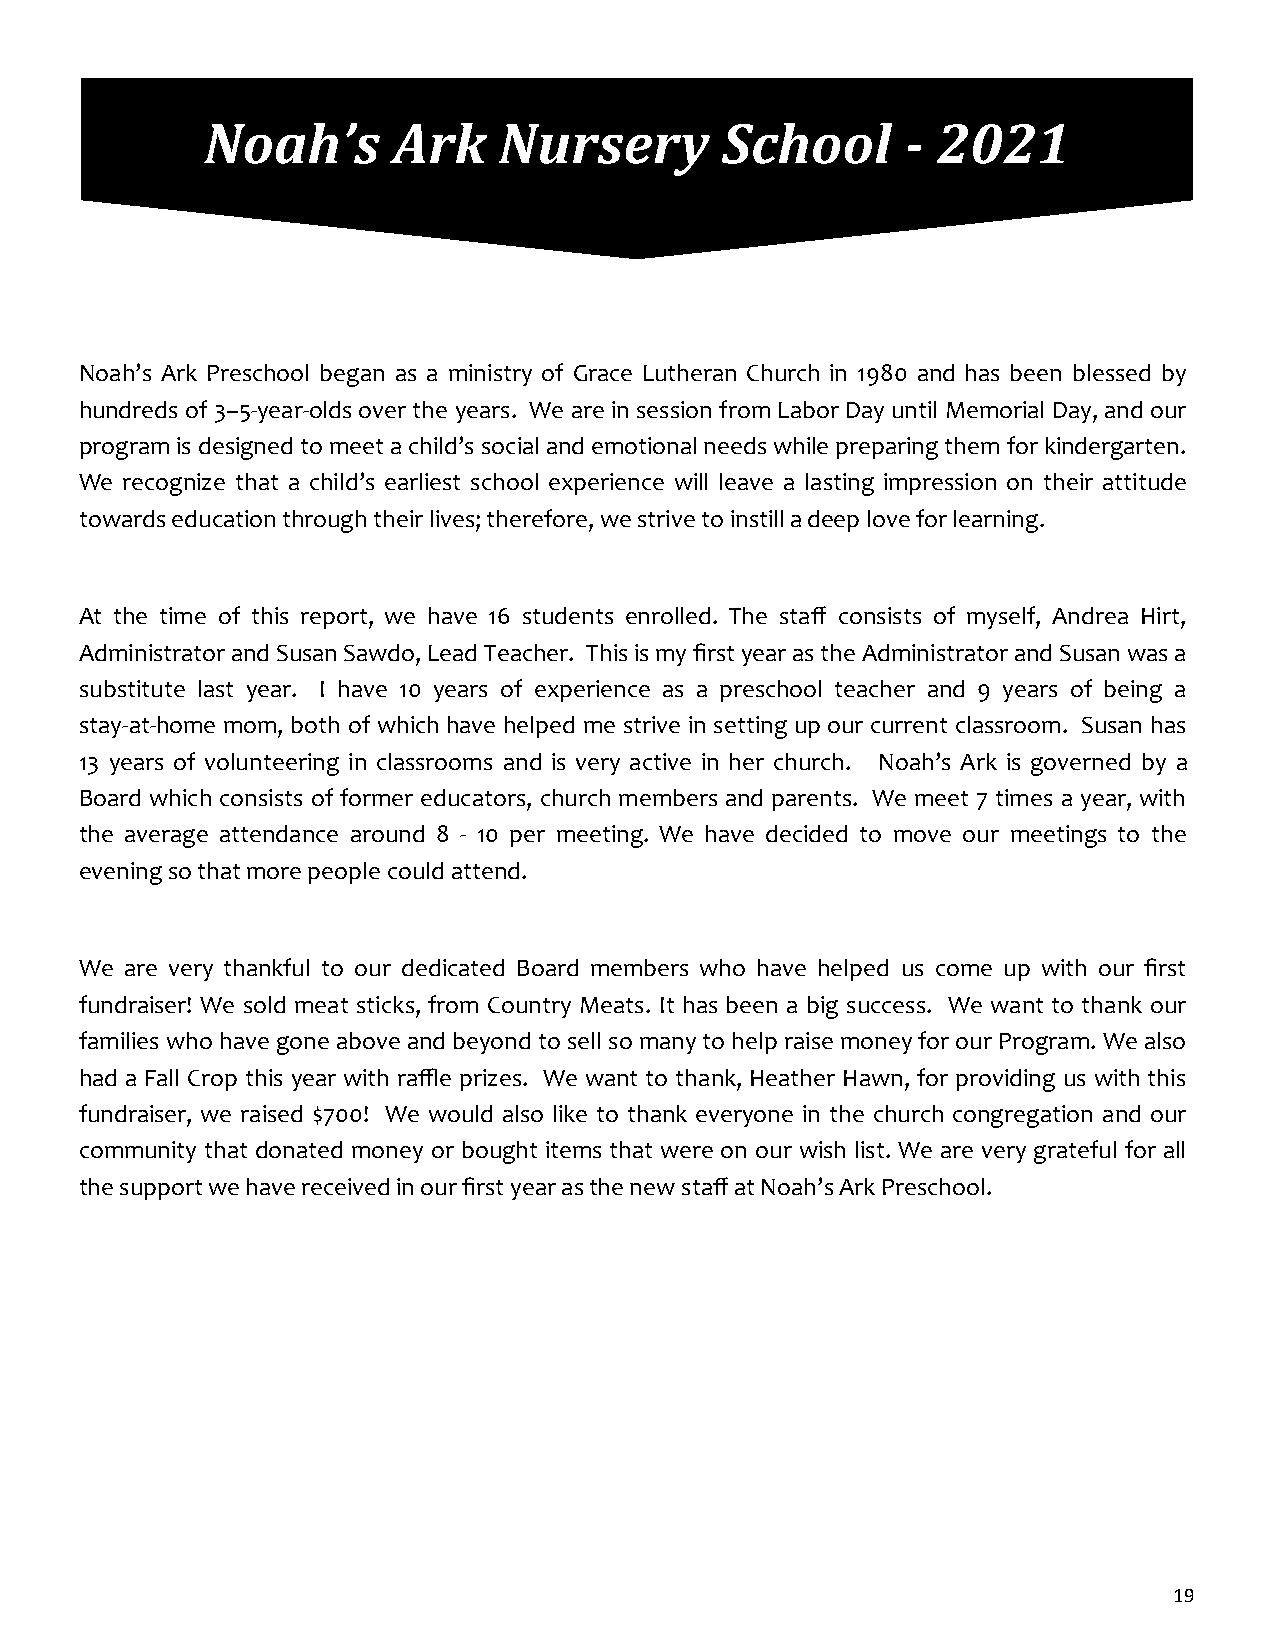
Noah’s       Ark    Nursery        School      - 2021
 Noah’s Ark Preschool began as a ministry of Grace Lutheran Church in 1980 and has been blessed by
 hundreds of 3–5-year-olds over the years. We are in session from Labor Day until Memorial Day, and our
 program is designed to meet a child’s social and emotional needs while preparing them for kindergarten.
 We recognize that a child’s earliest school experience will leave a lasting impression on their attitude
 towards education through their lives; therefore, we strive to instill a deep love for learning.
 At the time of this report, we have 16 students enrolled. The staff consists of myself, Andrea Hirt,
 Administrator and Susan Sawdo, Lead Teacher. This is my first year as the Administrator and Susan was a
 substitute last year. I have 10 years of experience as a preschool teacher and 9 years of being a
 stay-at-home mom, both of which have helped me strive in setting up our current classroom. Susan has
 13 years of volunteering in classrooms and is very active in her church. Noah’s Ark is governed by a
 Board which consists of former educators, church members and parents. We meet 7 times a year, with
 the average attendance around 8 - 10 per meeting. We have decided to move our meetings to the
 evening so that more people could attend.
 We are very thankful to our dedicated Board members who have helped us come up with our first
 fundraiser! We sold meat sticks, from Country Meats. It has been a big success. We want to thank our
 families who have gone above and beyond to sell so many to help raise money for our Program. We also
 had a Fall Crop this year with raffle prizes. We want to thank, Heather Hawn, for providing us with this
 fundraiser, we raised $700! We would also like to thank everyone in the church congregation and our
 community that donated money or bought items that were on our wish list. We are very grateful for all
 the support we have received in our first year as the new staff at Noah’s Ark Preschool.
 19